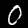
Label: 0